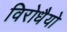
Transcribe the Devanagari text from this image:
विरोधैयो